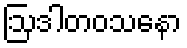
ဩဒါတဝသနော